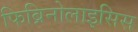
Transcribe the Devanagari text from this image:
फिब्रिनोलाइसिस